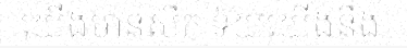
យើងមានសឹក ទ័យយើងនឹង